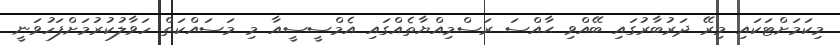
މިކަމަށްޓަކައި މިރޭ ދަރުބާރުގައި ބޭއްވި ޙާއްސަ ރަސްމިއްޔާތެއްގައި އެމްސީސީއާ މި މަސައްކަތް ހަވާލުކުރުމަށްފަހުވަނީ